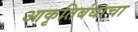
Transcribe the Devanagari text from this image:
आकृतिबंधाचा